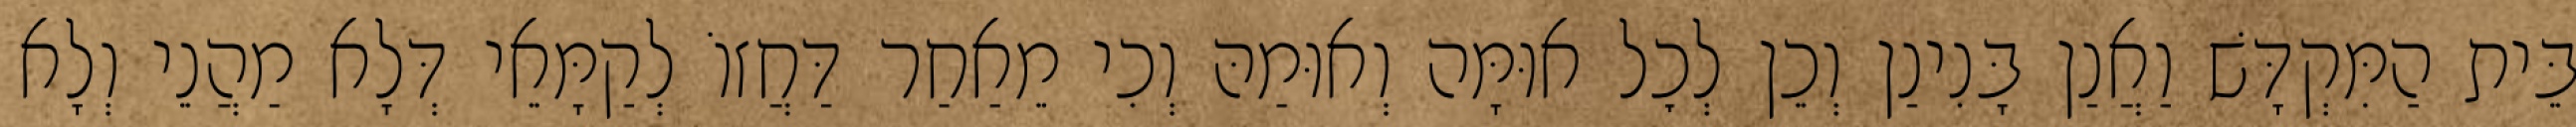
בֵּית הַמִּקְדָּשׁ וַאֲנַן בָּנִינַן וְכֵן לְכׇל אוּמָּה וְאוּמַהּ וְכִי מֵאַחַר דַּחֲזוֹ לְקַמָּאֵי דְּלָא מַהֲנֵי וְלָא